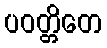
ပဝတ္တိတေ